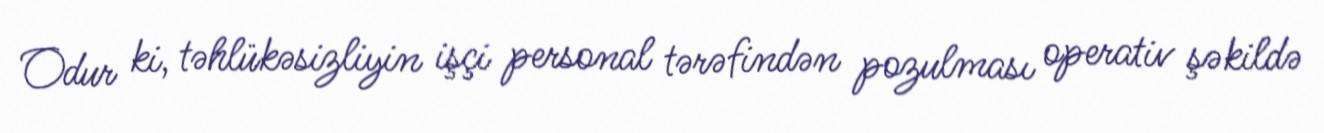
Odur ki, təhlükəsizliyin işçi personal tərəfindən pozulması operativ şəkildə